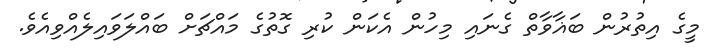
މީގެ އިތުރުން ބަޣާވާތް ގެނައި މިހުން އެކަން ކުރި ގޮތުގެ މައްޗަށް ބައްލަވައިލެއްވިއެވެ.